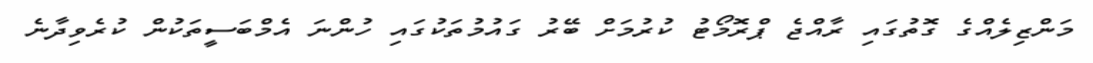
މަންޒިލެއްގެ ގޮތުގައި ރާއްޖެ ޕްރޮމޯޓު ކުރުމަށް ބޭރު ގައުމުތަކުގައި ހުންނަ އެމްބަސީތަކުން ކުރެވިދާނެ